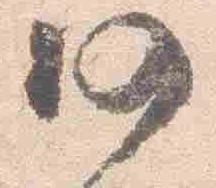
仍